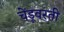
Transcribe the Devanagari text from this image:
चेंडूवरती